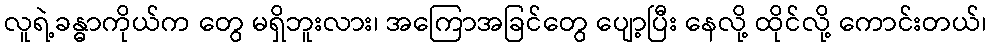
လူရဲ့ခန္ဓာကိုယ်က တွေ မရှိဘူးလား၊ အကြောအခြင်တွေ ပျော့ပြီး နေလို့ ထိုင်လို့ ကောင်းတယ်၊